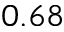
0 . 6 8